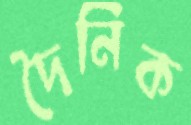
দৈনিক